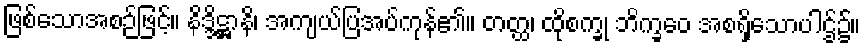
ဖြစ်သောအစဉ်ဖြင့်။ နိဒ္ဒိဋ္ဌာနိ၊ အကျယ်ပြအပ်ကုန်၏။ တတ္ထ၊ ထိုစက္ခု ဘိက္ခဝေ အစရှိသောပါဌ်၌။